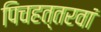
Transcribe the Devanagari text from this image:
पिचहत्तरवां